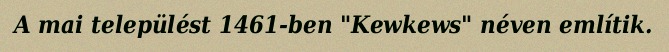
A mai települést 1461-ben "Kewkews" néven említik.